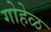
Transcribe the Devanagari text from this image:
गोहेळ